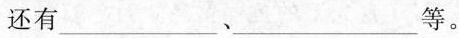
还有___、___等。